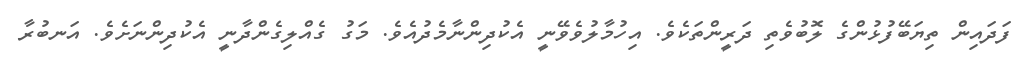
ފަދައިން ތިޔަބޭފުޅުންގެ ލޮބުވެތި ދަރީންތަކެވެ. އިހުމާލުވެވޭނީ އެކުދިންނާމެދުއެވެ. މަގު ގެއްލިގެންދާނީ އެކުދިންނަށެވެ. އަނބުރާ